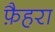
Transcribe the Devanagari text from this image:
फ़ैहरा